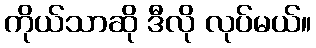
ကိုယ်သာဆို ဒီလို လုပ်မယ်။